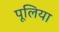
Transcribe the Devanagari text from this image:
पूलिया